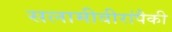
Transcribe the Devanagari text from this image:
सलामीवीरांपैकी